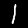
Digit: 1